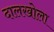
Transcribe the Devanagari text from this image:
दालखोला